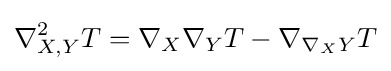
\nabla _{X,Y}^{2}T=\nabla _{X}\nabla _{Y}T-\nabla _{\nabla _{X}Y}T